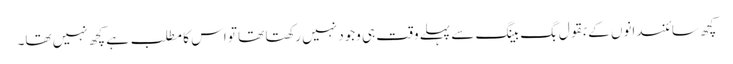
کچھ سائنسدانوں کے بقول بگ بینگ سے پہلے وقت ہی وجود نہیں رکھتا تھا تو اس کا مطلب ہے کچھ نہیں تھا۔